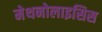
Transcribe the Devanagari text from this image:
मेथनोलाइसिस